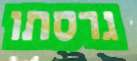
גרסתו